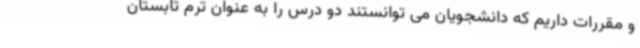
و مقررات داریم که دانشجویان می توانستند دو درس را به عنوان ترم تابستان